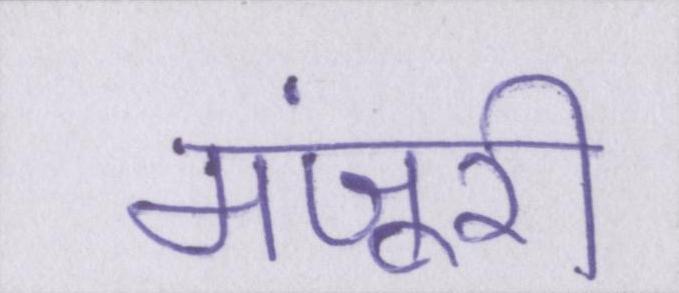
मंजूरी